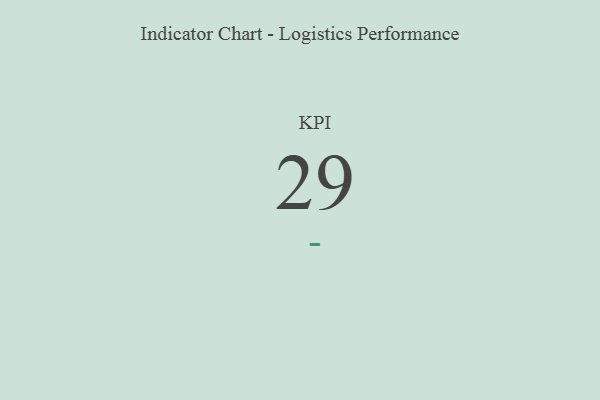
{"axis": {"x": "KPI", "y": "Value"}, "legend": [""], "data": [{"x": "KPI", "y": 29, "type": ""}]}